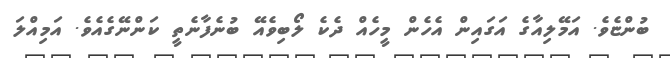
ބުންޏެވެ. އަމޭލިއާގެ އަގައިން އެހެން މީހެއް ދެކެ ލޯބިވެއޭ ބުނެފާނެތީ ކަންނޭގެއެވެ. އަމިއްލަ